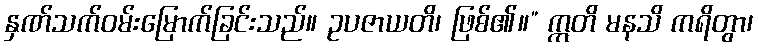
နှဏ်သက်ဝမ်းမြောက်ခြင်းသည်။ ဥပဇာယတိ၊ ဖြစ်၏။” ဣတိ မနသိ ကရိတွာ၊